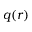
q ( r )